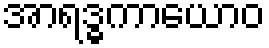
အာရဒ္ဓကာယောဝ